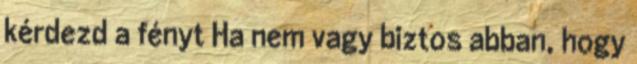
kérdezd a fényt Ha nem vagy biztos abban, hogy